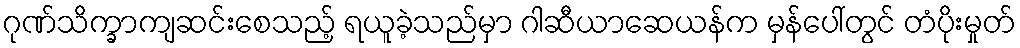
ဂုဏ်သိက္ခာကျဆင်းစေသည့် ရယူခဲ့သည်မှာ ဂါဆီယာဆေယန်က မှန်ပေါ်တွင် တံပိုးမှုတ်